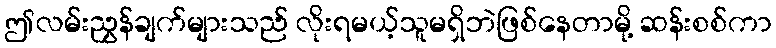
ဤလမ်းညွှန်ချက်များသည် လိုးရမယ့်သူမရှိဘဲဖြစ်နေတာမို့ ဆန်းစစ်ကာ